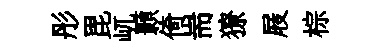
彤毘屼顥倚耑獠屐棕